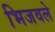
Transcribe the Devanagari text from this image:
भिजवले